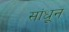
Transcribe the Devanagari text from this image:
सांधून